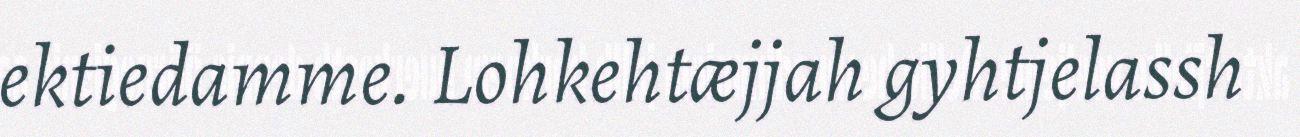
ektiedamme. Lohkehtæjjah gyhtjelassh